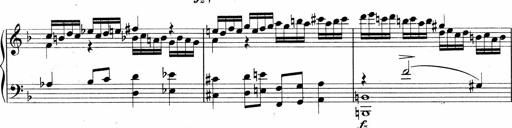
Title: Sonatina No.5
Composer: Otto Stoll
Key: F-sharp minor